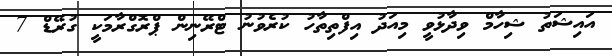
އައިޝަތު ޝިހާމް ވިދާޅުވީ މިއަދު އިފްތިތާހު ކުރެވުނު ޓްރޭނިން ޕްރޮގްރާމަކީ ގުރޭޑް 7